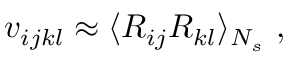
v _ { i j k l } \approx \langle { R _ { i j } } { R _ { k l } } \rangle _ { N _ { s } } ~ ,